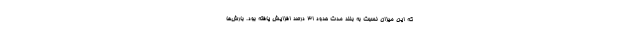
که این میزان نسبت به بلند مدت حدود ۳۱ درصد افزایش یافته بود. بارش‌ها